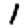
Digit: 1